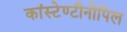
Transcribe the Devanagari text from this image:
कांस्टेण्टीनोपिल